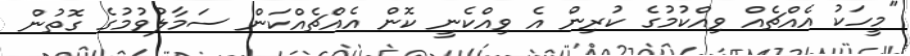
"މީހަކު އެއްޗެއް ވިއްކުމުގެ ކުރިން އެ ވިއްކެނީ ކޮން އެއްޗެއްކަން ސަމާލުވުމުގެ ގޮތުން